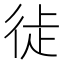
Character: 𢓺